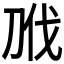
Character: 𭃝